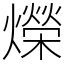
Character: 爃